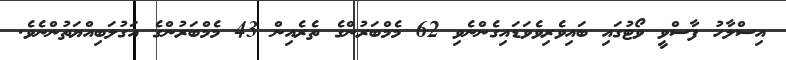
އިސްލާހު ފާސްވީ ވޯޯޓުގައި ބައިވެރިވެވަޑައިގެންނެވި 62 މެމްބަރުންގެ ތެރެއިން 43 މެމްބަރުންގެ އަގުލަބިއްޔަތުންނެވެ.